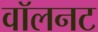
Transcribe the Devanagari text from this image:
वॉलनट